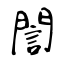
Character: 誾